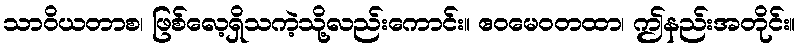
သာဝိယတာစ၊ ဖြစ်လေ့ရှိသကဲ့သို့လည်းကောင်း။ ဧဝမေဝတထာ၊ ဤနည်းအတိုင်း။